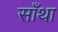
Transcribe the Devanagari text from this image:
साँथा